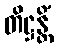
တိဋ္ဌန္တိံ